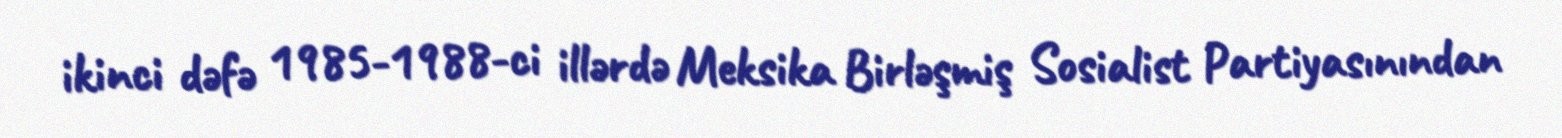
ikinci dəfə 1985-1988-ci illərdə Meksika Birləşmiş Sosialist Partiyasınından